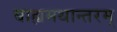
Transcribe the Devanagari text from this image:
बाह्यमथान्तरम्